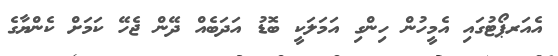
އެއަރޕޯޓުގައި އެމީހުން ހިންގި އަމަލަކީ ބޮޑު އަދަބެއް ދޭން ޖެހޭ ކަމަށް ކެންޔާގެ